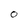
Character: O